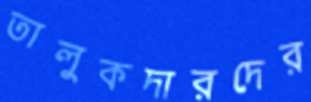
তালুকদারদের